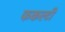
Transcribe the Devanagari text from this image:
फकल्टी